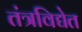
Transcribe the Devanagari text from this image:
तंत्रविद्येत